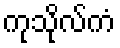
ကုသိုလ်ကံ